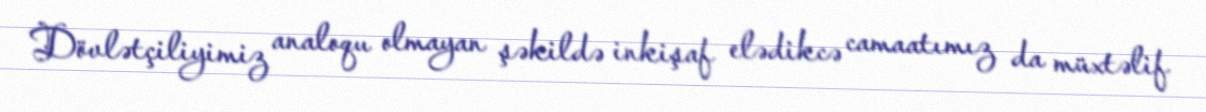
Dövlətçiliyimiz analoqu olmayan şəkildə inkişaf elədikcə camaatımız da müxtəlif